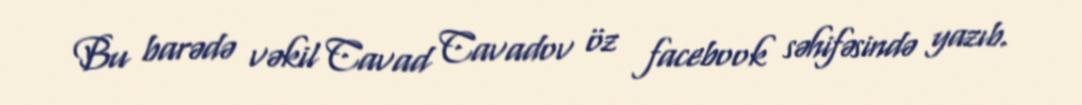
Bu barədə vəkil Cavad Cavadov öz facebook səhifəsində yazıb.